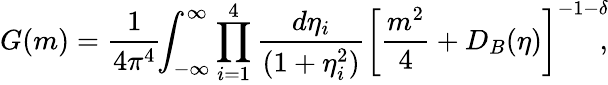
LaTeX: G(m)=\frac{1}{4\pi^{4}}\! \! \int_{-\infty}^{\infty}\prod_{i=1}^{4}\frac{d\eta_{i}}{(1+\eta_{i}^{2})}\left[\frac{m^{2}}{4}+D_{B}(\eta)\right]^{-1-\delta}\! \! ,